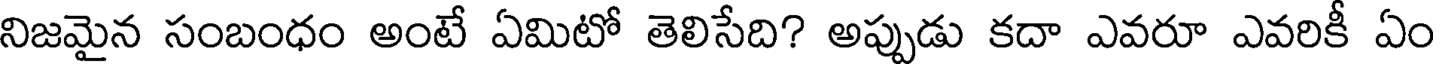
నిజమైన సంబంధం అంటే ఏమిటో తెలిసేది? అప్పుడు కదా ఎవరూ ఎవరికీ ఏం